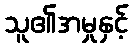
သူ၏အမှုနှင့်